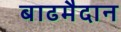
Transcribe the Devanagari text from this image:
बाढमैदान